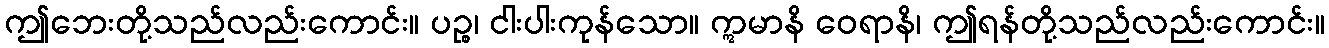
ဤဘေးတို့သည်လည်းကောင်း။ ပဉ္စ၊ ငါးပါးကုန်သော။ ဣမာနိ ဝေရာနိ၊ ဤရန်တို့သည်လည်းကောင်း။